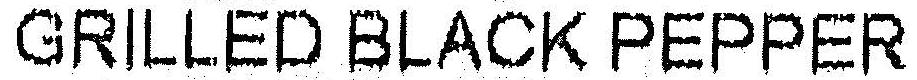
GRILLED BLACK PEPPER